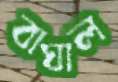
বাঘাল